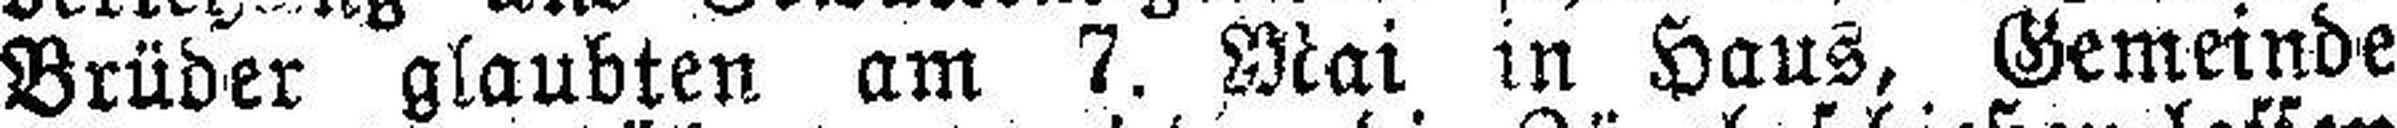
Brüder glaubten am 7. Mai in Haus, Gemeinde